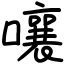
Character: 嚷